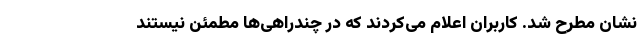
نشان مطرح شد. کاربران اعلام می‌کردند که در چندراهی‌ها مطمئن نیستند